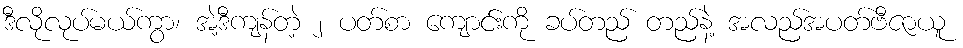
ဒီလိုလုပ်မယ်ကွာ၊ အဲ့ဒီကျန်တဲ့ ၂ ပတ်စာ ကျောင်းကို ခပ်တည် တည်နဲ့ အလည်အပတ်ဗီဇာယူ